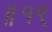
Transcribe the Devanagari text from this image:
॥१९